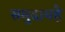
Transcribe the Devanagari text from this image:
समुदायहै